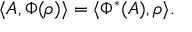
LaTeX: \langle A , \Phi ( \rho ) \rangle = \langle \Phi ^ { * } ( A ) , \rho \rangle .